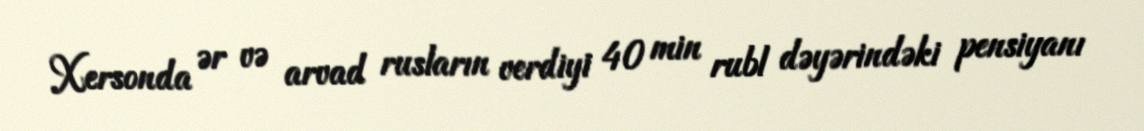
Xersonda ər və arvad rusların verdiyi 40 min rubl dəyərindəki pensiyanı